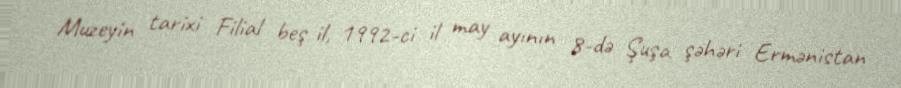
Muzeyin tarixi Filial beş il, 1992-ci il may ayının 8-də Şuşa şəhəri Ermənistan